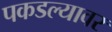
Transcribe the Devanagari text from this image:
पकडल्यावर